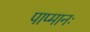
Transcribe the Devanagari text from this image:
पाप्मानः